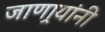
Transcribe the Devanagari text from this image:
जाणार्‍यांनी